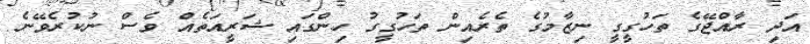
އަދި ރާއްޖޭގެ ތަހުގީގީ ނިޒާމުގެ ތެރެއިން ތަހުގީގު ހިންގައި ޝަރީއަތެއް ވެސް ނުކުރެވޭނެ